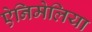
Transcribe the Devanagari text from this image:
ऐनिमेलिया